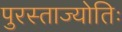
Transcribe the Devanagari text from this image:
पुरस्ताज्योतिः